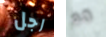
رجل مع